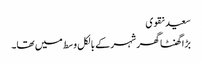
سعید نقوی
بڑا گھنٹا گھر شہر کے بالکل وسط میں تھا۔